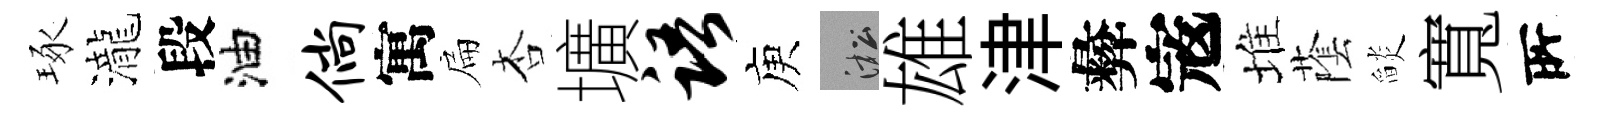
琢瀧段油倘寓扁杏壙语庾淞雄津彜𡨥堆䕃𦦨寬𠩄